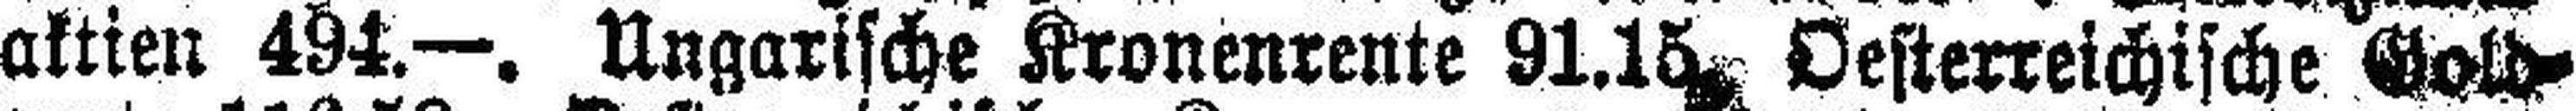
aktien 494.—. Ungarische Kronenrente 91.15, Oesterreichische Gold¬